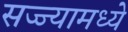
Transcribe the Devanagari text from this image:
सज्ज्यामध्ये